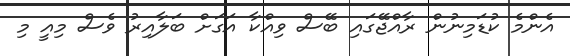
އެންމެ ކުޑަމިނުން ރާއްޖޭގައި ބޭސް ވިއްކާ އަގަށް ބަލާއިރު ވެސް މިއީ މި